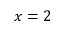
x = 2